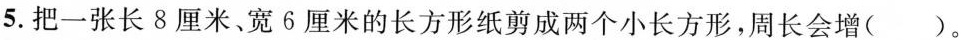
5.把一张长8厘米、宽6厘米的长方形纸剪成两个小长方形，周长会增()。